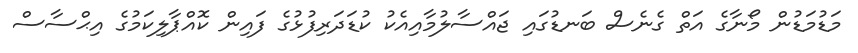
މަޑުމަޑުން މޯނާގެ އަތް ގެނެސް ބަނޑުގައި ޖައްސާލުމާއިއެކު ކުޑަދަރިފުޅުގެ ފައިން ކޮއްޕާލިކަމުގެ އިޙްސާސް